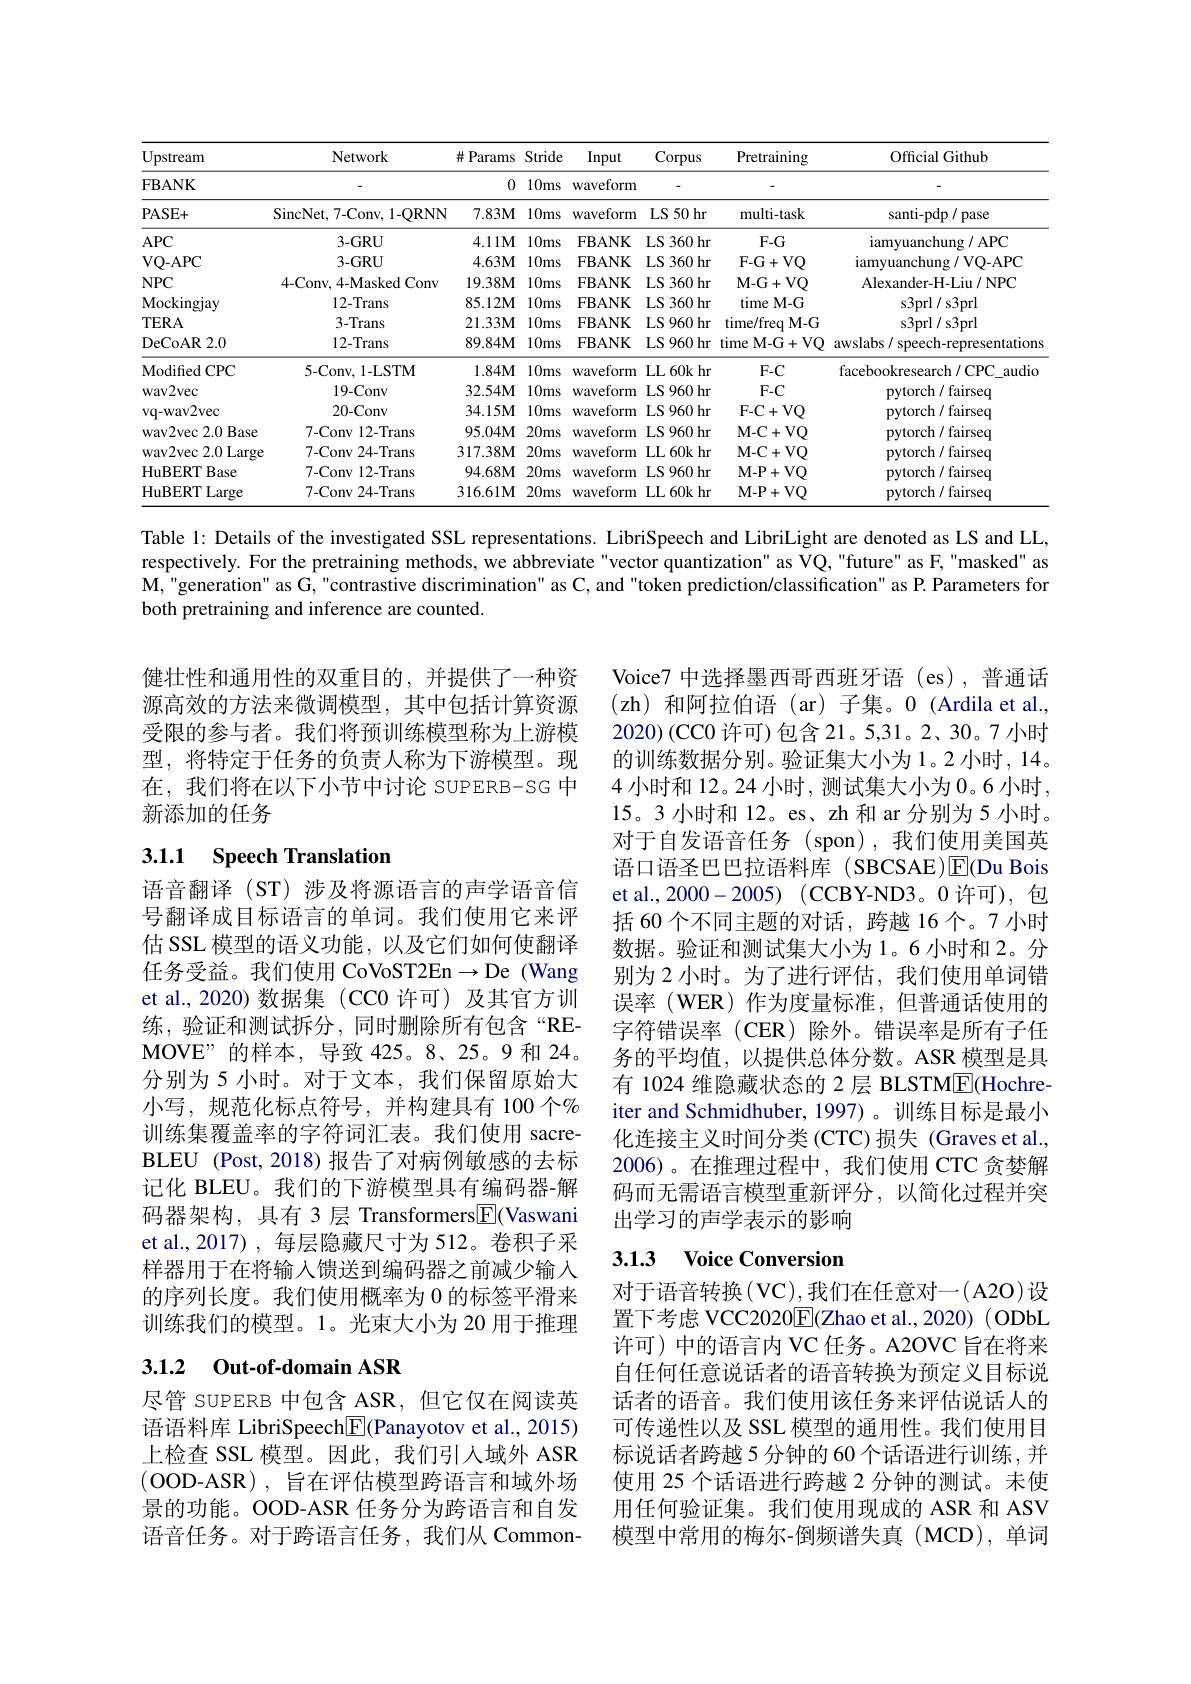
<table>
	<tbody>
		<tr>
			<th>Jpstream</th>
			<th>Network</th>
			<th># Params</th>
			<th>Stride</th>
			<th>Input</th>
			<th>Corpus</th>
			<th>Pretraining</th>
			<th>Official Github</th>
		</tr>
		<tr>
			<td>${\mathrm{FBANK}}$</td>
			<td> </td>
			<td>0</td>
			<td>$10ms$</td>
			<td>waveform</td>
			<td> </td>
			<td> </td>
			<td> </td>
		</tr>
		<tr>
			<td>$?ASE+$</td>
			<td>SincNet, 7-Conv, 1-QRNN</td>
			<td>$7.83M$</td>
			<td>$10ms$</td>
			<td>waveform</td>
			<td>LS 50 hr</td>
			<td>multi-task</td>
			<td>$\operatorname{santi-pdp}/\operatorname{pase}$</td>
		</tr>
		<tr>
			<td>$APC$</td>
			<td>$3-GRU$</td>
			<td>$4.11M$</td>
			<td>$10ms$</td>
			<td>$\mathbf{FBANK}$</td>
			<td>LS 360 hr</td>
			<td>$F-G$</td>
			<td>iamyuanchung/APC</td>
		</tr>
		<tr>
			<td>${\mathrm{VQ-APC}}$</td>
			<td>$3-GRU$</td>
			<td>$4.63\mathbf{M}$</td>
			<td>$10ms$</td>
			<td>$\mathbf{FBANK}$</td>
			<td>LS 360 hr</td>
			<td>F- G+ VQ</td>
			<td>iamyuanchung / VQ-APC</td>
		</tr>
		<tr>
			<td>$\mathsf{NPC}$</td>
			<td>4-Conv, 4-Masked Conv</td>
			<td>19.38M</td>
			<td>$10ms$</td>
			<td>$\mathbf{FBANK}$</td>
			<td>LS 360 hr</td>
			<td>$\mathbf{M-G+}$ $+VQ$</td>
			<td>Alexander- H- Liu/ NPC</td>
		</tr>
		<tr>
			<td>Mockingjay</td>
			<td>12-Trans</td>
			<td>$85.12\mathbf{M}$</td>
			<td>$10ms$</td>
			<td>FBANK</td>
			<td>LS 360 hr</td>
			<td>time M-G</td>
			<td>$\operatorname{s3prl}/\operatorname{s3prl}$</td>
		</tr>
		<tr>
			<td>$\Gamma ERA$</td>
			<td>3-Trans</td>
			<td>$21.33\mathbf{M}$</td>
			<td>$10ms$</td>
			<td>$\mathbf{FBANK}$</td>
			<td>LS 960 hr</td>
			<td>time/freq $M-G$ 1</td>
			<td>s3prl/ s3prl</td>
		</tr>
		<tr>
			<td>DeCoAR 2.0</td>
			<td>12-Trans</td>
			<td>$89.84\mathbf{M}$</td>
			<td>$10ms$</td>
			<td>$\mathbf{FBANK}$</td>
			<td>LS 960 hr</td>
			<td>time M-G+VQ</td>
			<td>awslabs/ speech-representations</td>
		</tr>
		<tr>
			<td>${\mathrm{Modified~CPC}}$</td>
			<td>$5-Conv,1-LSTM$</td>
			<td>$1.84M$</td>
			<td>$10ms$</td>
			<td>waveform</td>
			<td>LL60k $hr$ $\frac{1}{2}$</td>
			<td>$F-C$</td>
			<td>facebookresearch/CPC audio</td>
		</tr>
		<tr>
			<td>${\mathrm{wav2vec}}$</td>
			<td>19-Conv</td>
			<td>$32.54\mathbf{M}$</td>
			<td>$10ms$</td>
			<td>waveform</td>
			<td>LS 960 hr</td>
			<td>$F-C$</td>
			<td>pytorch/ fairseq</td>
		</tr>
		<tr>
			<td>$vq-wav2vec$</td>
			<td>20-Conv</td>
			<td>$34.15\mathbf{M}$</td>
			<td>$10ms$</td>
			<td>waveform</td>
			<td>LS 960 hr</td>
			<td>F- C+ VQ</td>
			<td>pytorch/ fairseq</td>
		</tr>
		<tr>
			<td>${\mathrm{wav2vec~2.0~Base}}$</td>
			<td>7-Conv 12- Trans</td>
			<td>$95.04\mathbf{M}$</td>
			<td>$20ms$</td>
			<td>waveform</td>
			<td>LS 960 hr</td>
			<td>M- C+ VQ</td>
			<td>pytorch/ fairseq</td>
		</tr>
		<tr>
			<td>${\mathrm{wav2vec~2.0~Large}}$</td>
			<td>7-Conv 24- Trans</td>
			<td>317.38M</td>
			<td>20ms</td>
			<td>waveform</td>
			<td>LL 60k hr</td>
			<td>M- C+ VQ</td>
			<td>pytorch/ fairseq</td>
		</tr>
		<tr>
			<td>${\mathrm{HuBERT~Base}}$</td>
			<td>7-Conv 12- Trans</td>
			<td>$94.68\mathbf{M}$</td>
			<td>$20ms$</td>
			<td>waveform</td>
			<td>LS 960 hr</td>
			<td>M- P+ VQ</td>
			<td>pytorch/ fairseq</td>
		</tr>
		<tr>
			<td>HuBERT Large</td>
			<td>7-Conv 24-Trans</td>
			<td>$316.61\mathbf{M}$</td>
			<td>$20ms$</td>
			<td>waveform</td>
			<td>LL 60k hr</td>
			<td>M- P+ VQ</td>
			<td>pytorch/ fairseq</td>
		</tr>
	</tbody>
</table>

Table l: Details of the investigated SSL representations. LibriSpeech and LibriLight are denoted as LS and LL, respectively. For the pretraining methods, we abbreviate"vector quantization" as VQ, "future" as F, "masked" as $\mathbf{M}$,"generation" as G, "contrastive discrimination" as C, and "token prediction/classification" as P. Parameters for both pretraining and inference are counted.

健壮性和通用性的双重目的，并提供了一种资源高效的方法来微调模型，其中包括计算资源受限的参与者。我们将预训练模型称为上游模型，将特定于任务的负责人称为下游模型。现在，我们将在以下小节中讨论 SUPERB-SG 中新添加的任务

# 3.1.1 Speech Translation

Voice7 中选择墨西哥西班牙语 (es),普通话(zh)和阿拉伯语(ar)子集。0(Ardila et al., 2020)(CCO 许可)包含 21。5,31。2、30。7 小时的训练数据分别。验证集大小为1。2 小时，14。4小时和 12。24 小时，测试集大小为 0。6 小时， 15。3 小时和 12。es、zh 和 ar 分别为 5 小时。对于自发语音任务(spon),我们使用美国英语口语圣巴巴拉语料库 (SBCSAE)$\operatorname{E}($Du Bois et al., 2000- 2005) ( CCBY-ND3。0 许可), 包括 60 个不同主题的对话，跨越 16 个。7 小时数据。验证和测试集大小为1。6 小时和 2。分别为 2 小时。为了进行评估，我们使用单词错误率(WER)作为度量标准，但普通话使用的字符错误率(CER)除外。错误率是所有子任务的平均值，以提供总体分数。ASR 模型是具有 1024 维隐藏状态的 2 层 BLSTME(Hochreiter and Schmidhuber, 1997)。训练目标是最小化连接主义时间分类(CTC)损失(Graves et al., 2006)。在推理过程中，我们使用 CTC 贪婪解码而无需语言模型重新评分，以简化过程并突出学习的声学表示的影响

语音翻译(ST)涉及将源语言的声学语音信号翻译成目标语言的单词。我们使用它来评估 SSL 模型的语义功能，以及它们如何使翻译任务受益。我们使用 CoVoST2En$\to$De (Wang et al.,2020)数据集(CC0 许可)及其官方训练，验证和测试拆分，同时删除所有包含“REMOVE”的样本，导致 425。8、25。9 和 24。分别为 5 小时。对于文本，我们保留原始大小写，规范化标点符号，并构建具有 100 个% 训练集覆盖率的字符词汇表。我们使用 sacreBLEU (Post, 2018) 报告了对病例敏感的去标记化 BLEU。我们的下游模型具有编码器-解码器架构，具有 3 层 Transformers$\boxed{\mathrm{F}}($Vaswani et al.,2017) ,每层隐藏尺寸为 512。卷积子采样器用于在将输入馈送到编码器之前减少输人的序列长度。我们使用概率为 0 的标签平滑来训练我们的模型。1。光束大小为 20 用于推理

## 3.1.3 Voice Conversion

## 3.1.2 Out-of-domain ASR

对于语音转换(VC),我们在任意对一(A2O)设置下考虑 VCC2020E$( Zhao et al. , 2020) ( ODbL)$ 许可)中的语言内 VC 任务。A2OVC 旨在将来自任何任意说话者的语音转换为预定义目标说话者的语音。我们使用该任务来评估说话人的可传递性以及 SSL 模型的通用性。我们使用目标说话者跨越 5 分钟的 60 个话语进行训练，并使用 25 个话语进行跨越 2 分钟的测试。未使用任何验证集。我们使用现成的 ASR 和 ASV 模型中常用的梅尔-倒频谱失真(MCD),单词

尽管 SUPERB 中包含 ASR,但它仅在阅读英语语料库 LibriSpeech$\underline{\mathrm{E}}($Panayotov et al., 2015) 上检查 SSL 模型。因此，我们引入域外 ASR (OOD-ASR),旨在评估模型跨语言和域外场景的功能。OOD-ASR 任务分为跨语言和自发语音任务。对于跨语言任务，我们从 Common-